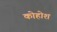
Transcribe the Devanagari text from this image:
कोहोश